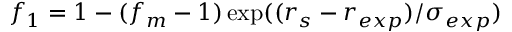
f _ { 1 } = 1 - ( f _ { m } - 1 ) \exp ( ( r _ { s } - r _ { e x p } ) / \sigma _ { e x p } )